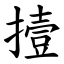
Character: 撎